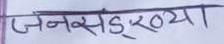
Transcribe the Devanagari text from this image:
जनसङ्ख्या